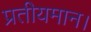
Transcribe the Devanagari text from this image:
प्रतीयमान।